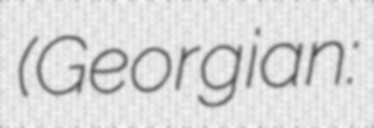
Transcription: (Georgian: გორი